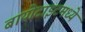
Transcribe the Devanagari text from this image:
बायोटाइटमध्ये